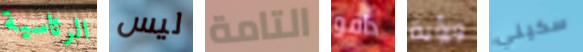
الرئاسية ليس التامة دافو ورؤية سكيني